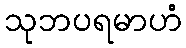
သုဘပရမာဟံ